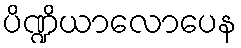
ပိဏ္ဍိယာလောပေန